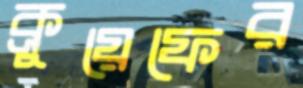
ক্রুয়েফের